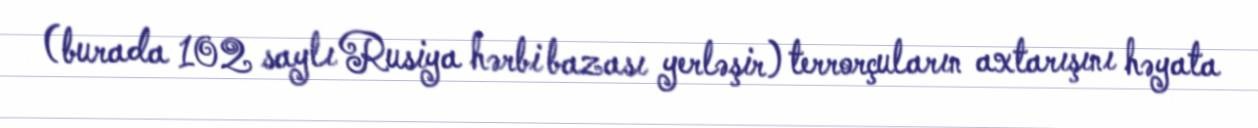
(burada 102 saylı Rusiya hərbi bazası yerləşir) terrorçuların axtarışını həyata